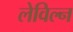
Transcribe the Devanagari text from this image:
लेविल्न